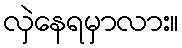
လှဲနေရမှာလား။